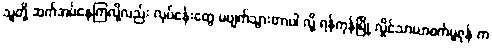
သူတို့ ဆက်အပ်နေကြလို့လည်း လုပ်ငန်းတွေ မပျက်သွားတာပါ လို့ ရန်ကုန်မြို့ လှိုင်သာယာစက်မူဇုန် က